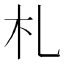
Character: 札